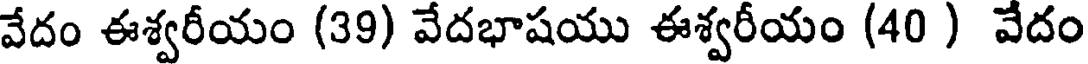
వేదం ఈశ్వరీయం (39) వేదభాషయు ఈశ్వరీయం (40 ) వేదం